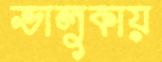
ভালুকায়